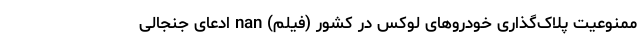
ممنوعیت پلاک‌گذاری خودروهای لوکس در کشور (فیلم) nan ادعای جنجالی